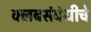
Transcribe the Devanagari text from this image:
क्लबसंबंधीचे